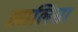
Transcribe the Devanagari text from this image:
ख़ालिसा